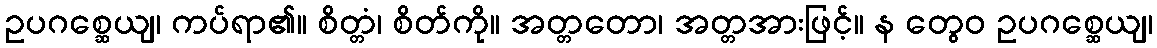
ဥပဂစ္ဆေယျ၊ ကပ်ရာ၏။ စိတ္တံ၊ စိတ်ကို။ အတ္တတော၊ အတ္တအားဖြင့်။ န တွေဝ ဥပဂစ္ဆေယျ၊